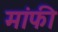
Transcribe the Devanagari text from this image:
मांफी